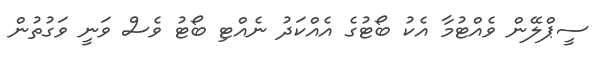
ސީޕްލޭން ވެއްޓުމާ އެކު ބޯޓުގެ އެއްކަދު ނެއްޓި ބޯޓު ވެސް ވަނީ ވަގުތުން